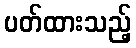
ပတ်ထားသည့်